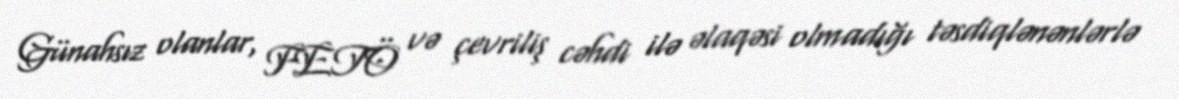
Günahsız olanlar, FETÖ və çevriliş cəhdi ilə əlaqəsi olmadığı təsdiqlənənlərlə